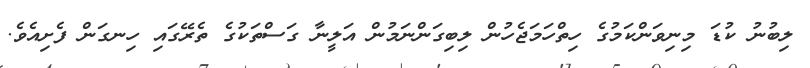
ލިބުނު ކުޑަ މިނިވަންކަމުގެ ހިތްހަމަޖެހުން ލިބިގަންނަމުން އަލީނާ ގަސްތަކުގެ ތެރޭގައި ހިނގަން ފެށިއެވެ.